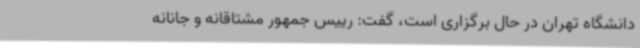
دانشگاه تهران در حال برگزاری است، گفت: رییس جمهور مشتاقانه و جانانه